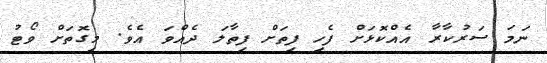
ނަމަ ސަރުކާރާ އެއްކޮޅަށް ފެހި ފިތަށް ފިތާލަ ދެއްވަ އެވެ. މިގޮތަށް ވޯޓު